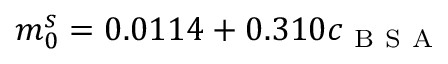
m _ { 0 } ^ { s } = 0 . 0 1 1 4 + 0 . 3 1 0 c _ { \mathrm { ~ B ~ S ~ A ~ } }